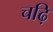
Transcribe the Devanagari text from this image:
चढ़ि